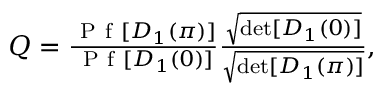
\begin{array} { r } { Q = \frac { \mathrm { ~ P ~ f ~ } [ D _ { 1 } ( \pi ) ] } { \mathrm { ~ P ~ f ~ } [ D _ { 1 } ( 0 ) ] } \frac { \sqrt { \operatorname* { d e t } [ D _ { 1 } ( 0 ) ] } } { \sqrt { \operatorname* { d e t } [ D _ { 1 } ( \pi ) ] } } , } \end{array}